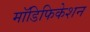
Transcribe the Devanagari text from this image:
मॉडिफिकेशन